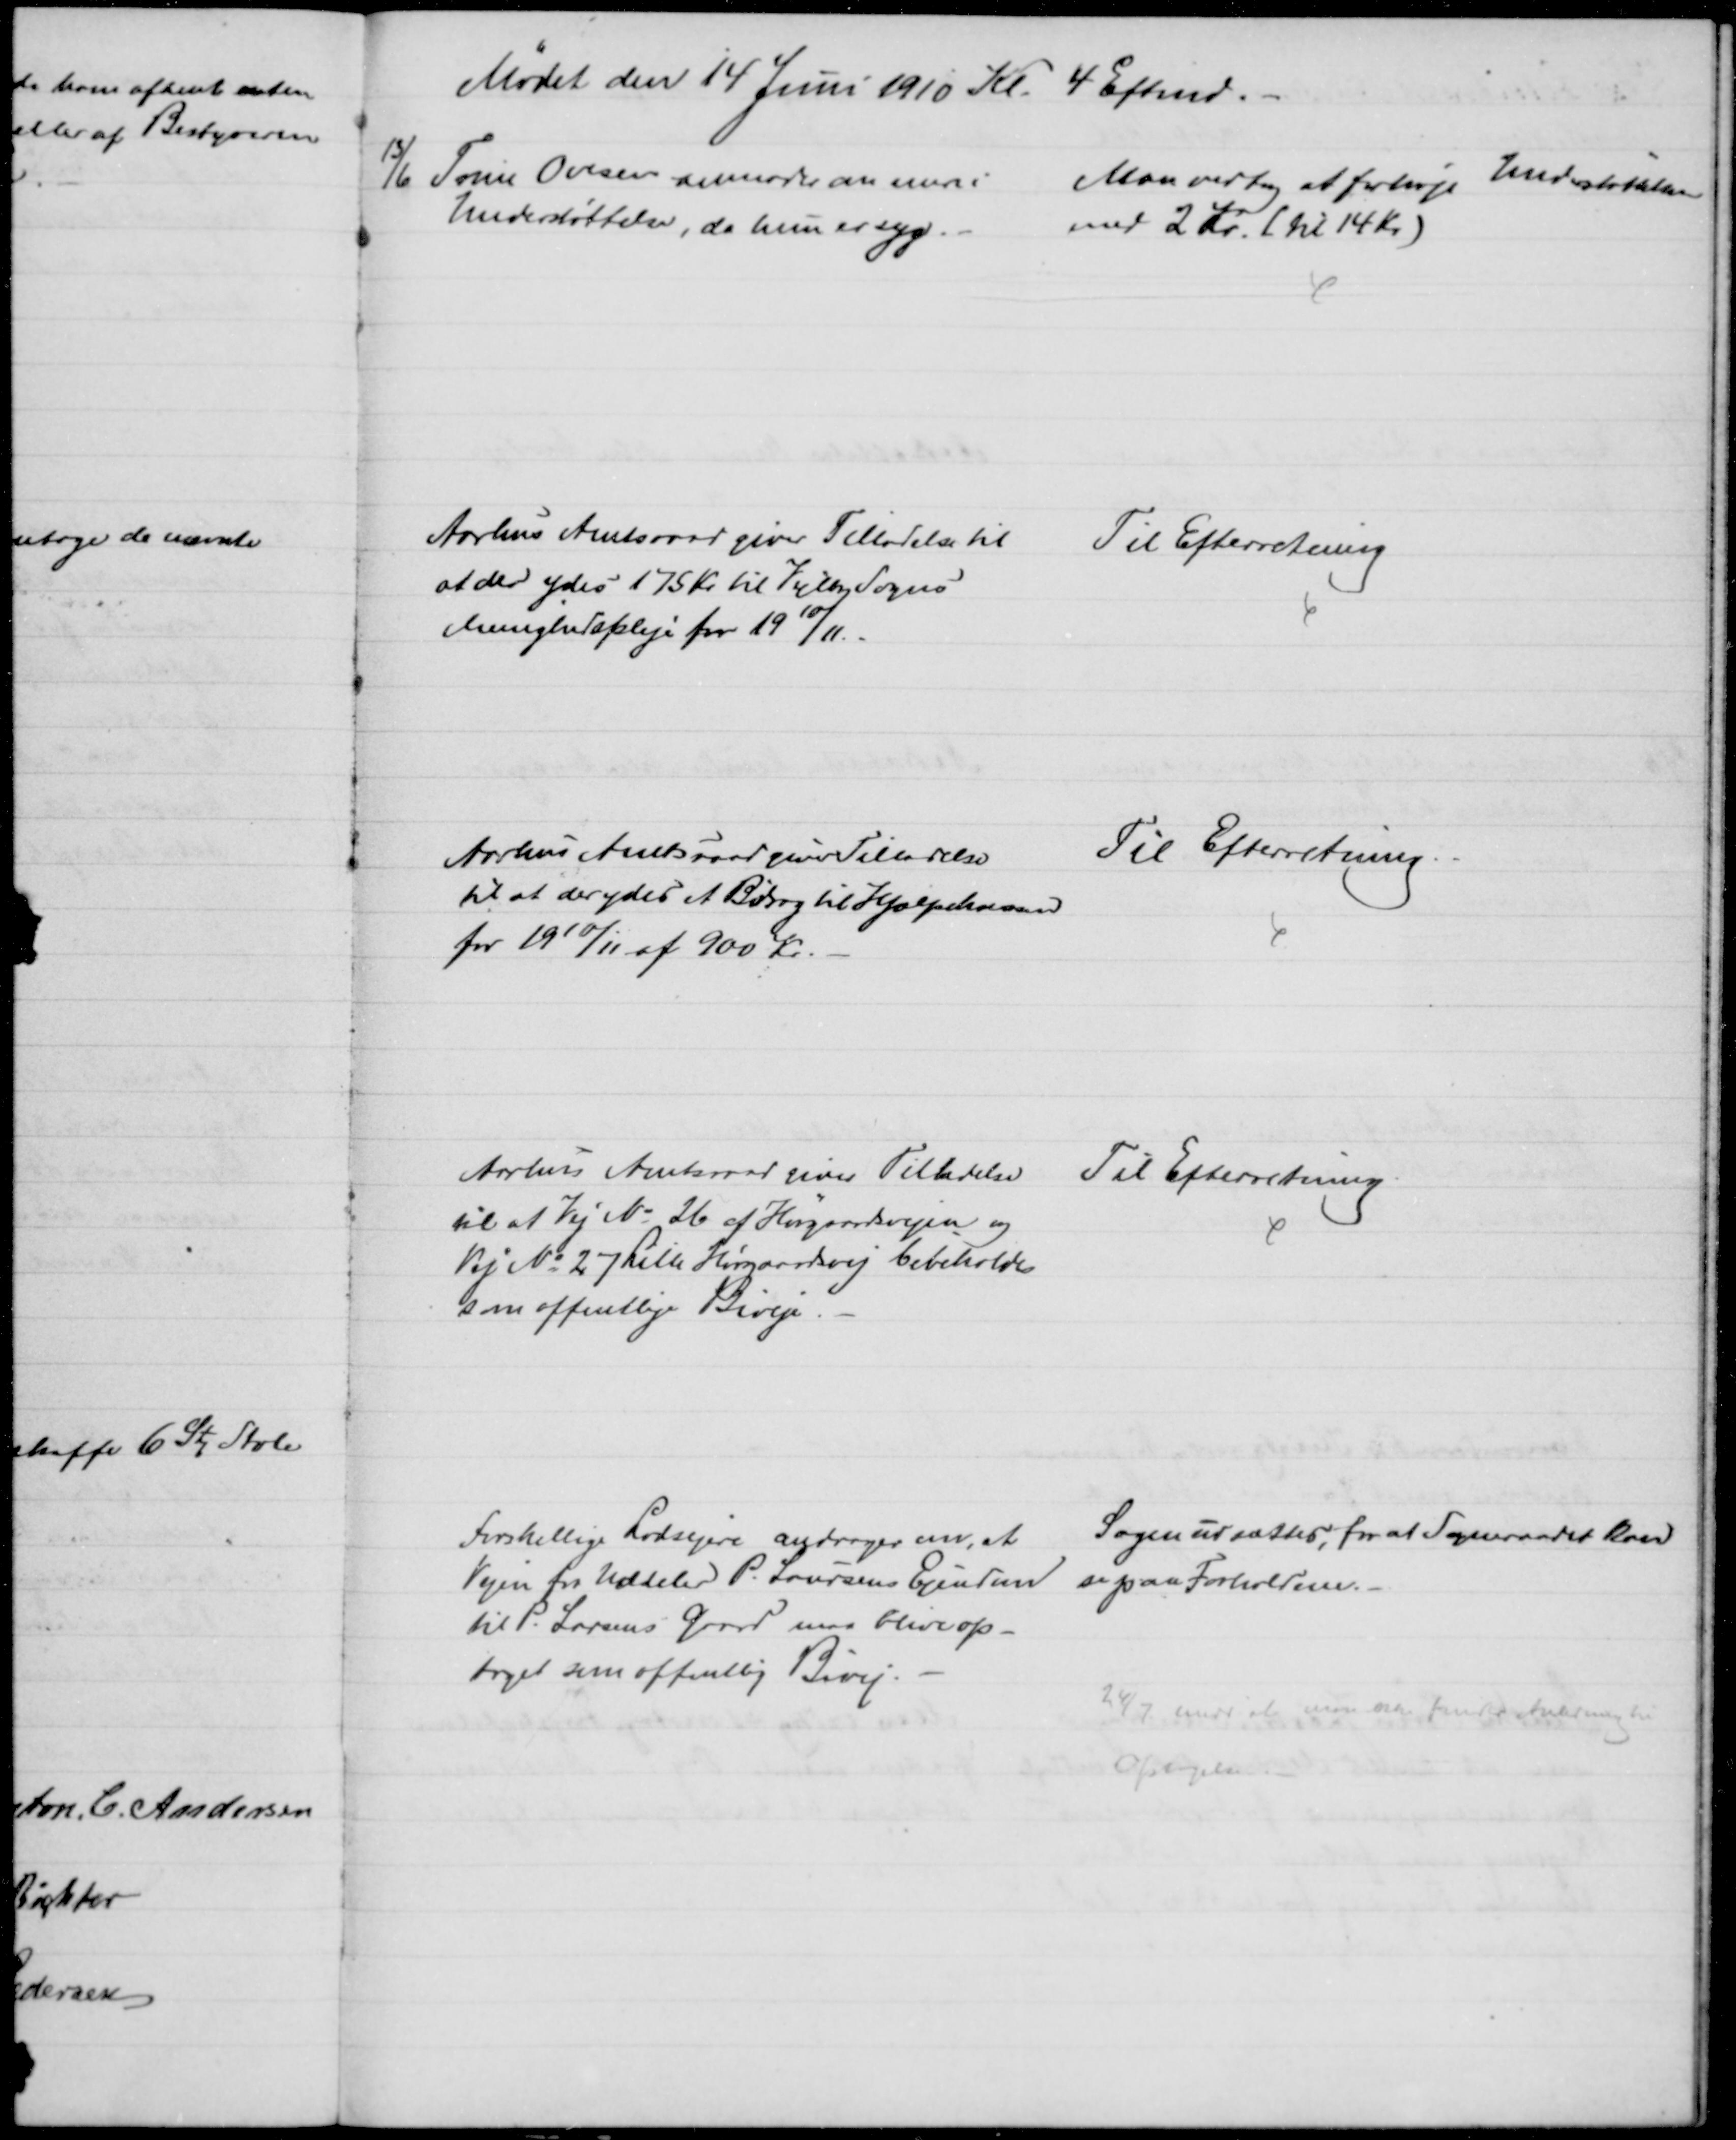
Transskription:
Mødet den 14 Juni 1910 Kl. 4 Eftmd.
13/6 Trine Ovesen anmoder om mere i
Understøttelse, da hun er syg. 
Man vedtog at forhøje Understøttelsen
med 2 Kr. ( til 14 Kr)
Aarhus Amtsraad giver Tilladelse til
at der ydes 175 Kr til Vejlby Sogns
Menighedspleje for 1910/11.
Til Efterretning
Aarhus Amtsraad giver Tilladelse
til at der ydes et Bidrag til Hjælpekassen
for 1910/11 af 900 Kr.
Til Efterretning.
Aarhus Amtsraad giver Tilladelse
til at Vej № 26 af Hørgaardsvejen og
Vej № 27 Lille Hørgaardsvej bibeholdes
som offentlige Biveje
Til Efterretning.
Forskellige Lodsejere andrager om, at 
Vejen fra Uddeler P. Laursens Ejendom
til P. Larsens Gaard maa blive op-
taget som offentlig Bivej.
Sagen udsættes, for at Sogneraadet kan
se paa Forholdene.
24/7 medd, at man ikke finder Anledning til
Optagelse